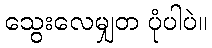
သွေးလေမျှတ ပုံပါပဲ။